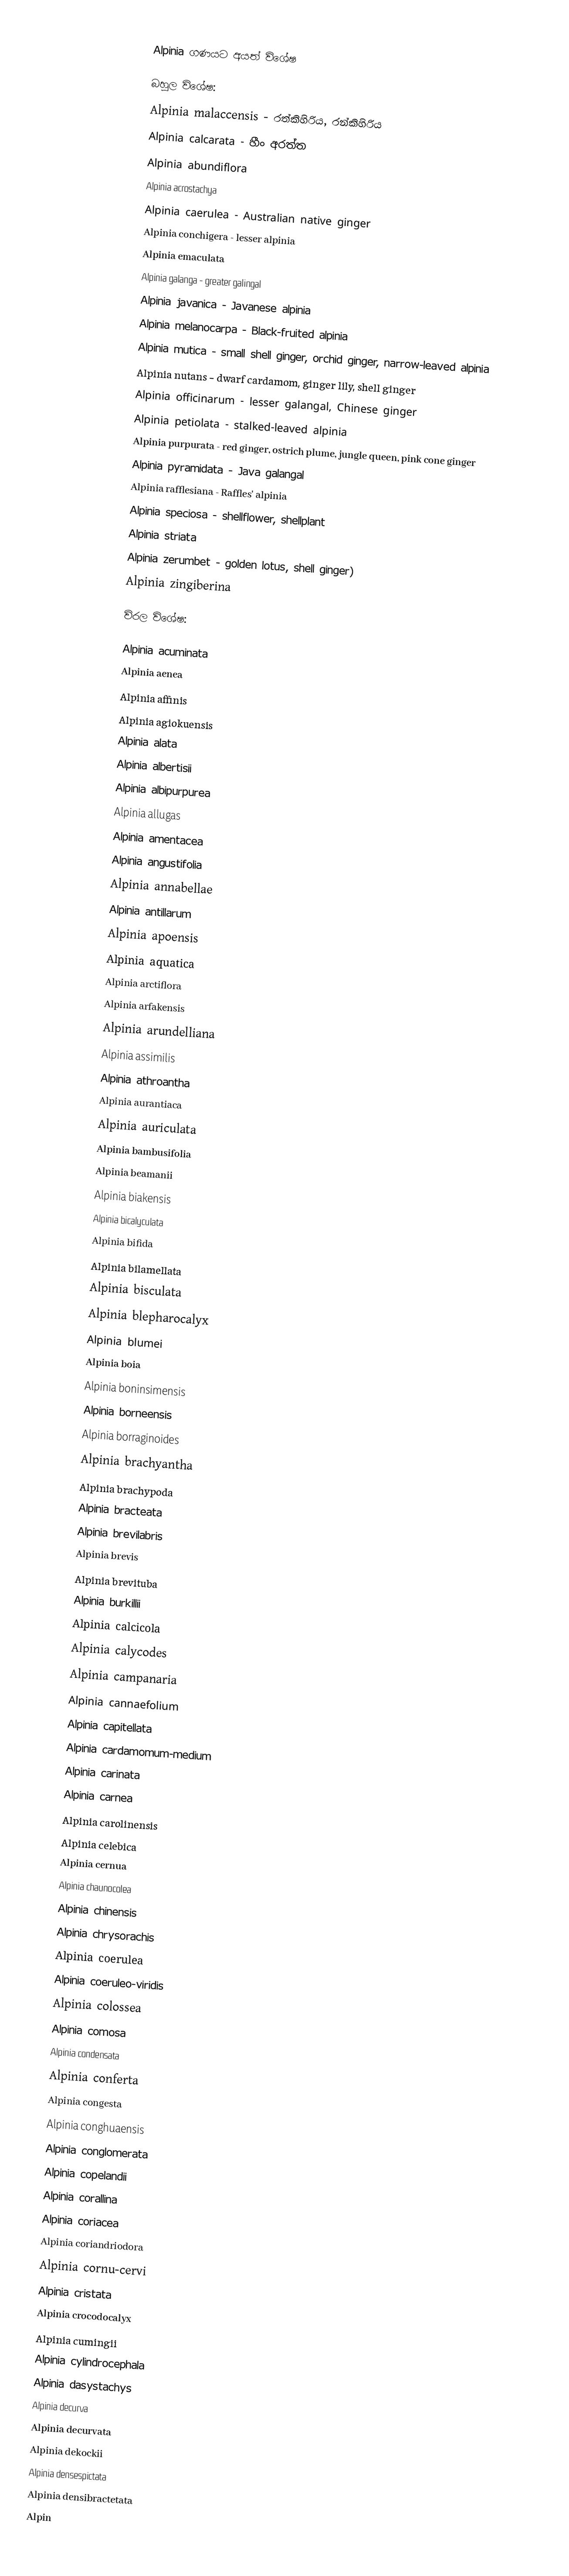

Alpinia ගණයට අයත් විශේෂ

බහුල විශේෂ:
 Alpinia malaccensis - රත්කිහිරිය, රන්කිහිරිය
 Alpinia calcarata - හීං අරත්ත
 Alpinia abundiflora
 Alpinia acrostachya
 Alpinia caerulea - Australian native ginger
 Alpinia conchigera - lesser alpinia
 Alpinia emaculata
 Alpinia galanga - greater galingal
 Alpinia javanica - Javanese alpinia
 Alpinia melanocarpa - Black-fruited alpinia
 Alpinia mutica - small shell ginger, orchid ginger, narrow-leaved alpinia
 Alpinia nutans - dwarf cardamom, ginger lily, shell ginger
 Alpinia officinarum - lesser galangal, Chinese ginger
 Alpinia petiolata - stalked-leaved alpinia
 Alpinia purpurata - red ginger, ostrich plume, jungle queen, pink cone ginger
 Alpinia pyramidata - Java galangal
 Alpinia rafflesiana - Raffles' alpinia
 Alpinia speciosa - shellflower, shellplant
 Alpinia striata
 Alpinia zerumbet - golden lotus, shell ginger)
 Alpinia zingiberina

විරල විශේෂ:

Alpinia acuminata
Alpinia aenea
Alpinia affinis
Alpinia agiokuensis
Alpinia alata
Alpinia albertisii
Alpinia albipurpurea
Alpinia allugas
Alpinia amentacea
Alpinia angustifolia
Alpinia annabellae
Alpinia antillarum
Alpinia apoensis
Alpinia aquatica
Alpinia arctiflora
Alpinia arfakensis
Alpinia arundelliana
Alpinia assimilis
Alpinia athroantha
Alpinia aurantiaca
Alpinia auriculata
Alpinia bambusifolia
Alpinia beamanii
Alpinia biakensis
Alpinia bicalyculata
Alpinia bifida
Alpinia bilamellata
Alpinia bisculata
Alpinia blepharocalyx
Alpinia blumei
Alpinia boia
Alpinia boninsimensis
Alpinia borneensis
Alpinia borraginoides
Alpinia brachyantha
Alpinia brachypoda
Alpinia bracteata
Alpinia brevilabris
Alpinia brevis
Alpinia brevituba
Alpinia burkillii
Alpinia calcicola
Alpinia calycodes
Alpinia campanaria
Alpinia cannaefolium
Alpinia capitellata
Alpinia cardamomum-medium
Alpinia carinata
Alpinia carnea
Alpinia carolinensis
Alpinia celebica
Alpinia cernua
Alpinia chaunocolea
Alpinia chinensis
Alpinia chrysorachis
Alpinia coerulea
Alpinia coeruleo-viridis
Alpinia colossea
Alpinia comosa
Alpinia condensata
Alpinia conferta
Alpinia congesta
Alpinia conghuaensis
Alpinia conglomerata
Alpinia copelandii
Alpinia corallina
Alpinia coriacea
Alpinia coriandriodora
Alpinia cornu-cervi
Alpinia cristata
Alpinia crocodocalyx
Alpinia cumingii
Alpinia cylindrocephala
Alpinia dasystachys
Alpinia decurva
Alpinia decurvata
Alpinia dekockii
Alpinia densespictata
Alpinia densibractetata
Alpin